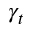
\gamma _ { t }